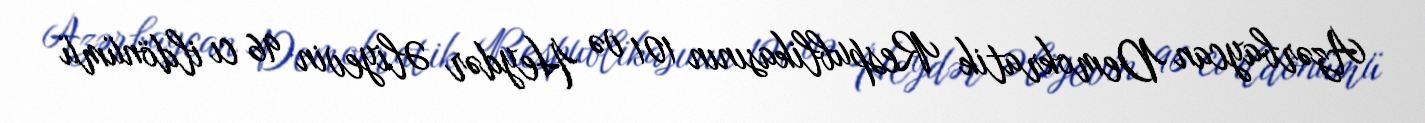
Azərbaycan Demokratik Respublikasının 101 və Heydər Əliyevin 96 cı ildönümü